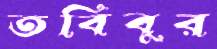
তবিবুর